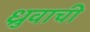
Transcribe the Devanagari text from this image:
ध्रुवाची